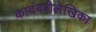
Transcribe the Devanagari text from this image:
कादंबरीलेखिका